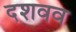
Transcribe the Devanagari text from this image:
दशवव